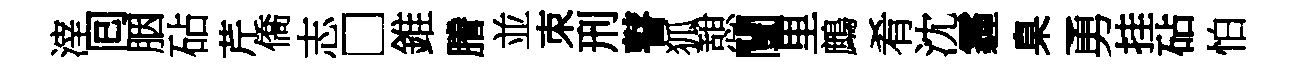
滓囘胭砧芹僑志□錐謄並朿刑瞽狐憇闉里鷓肴沈霾臬勇挂砧怕